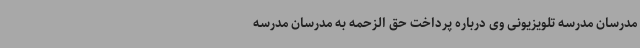
مدرسان مدرسه تلویزیونی وی درباره پرداخت حق الزحمه به مدرسان مدرسه